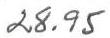
28.95